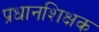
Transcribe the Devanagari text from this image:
प्रधानशिक्षक